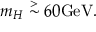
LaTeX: m _ { H } \stackrel { > } { \sim } 6 0 \mathrm { G e V } .